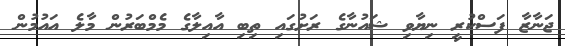
ޖަނާޒާ ފަސްކުރީ ނިޔާވި ޝައުނާގެ ރަށުގައި ތިބި އާއިލާގެ މެމްބަރުން މާލެ އައުމުން